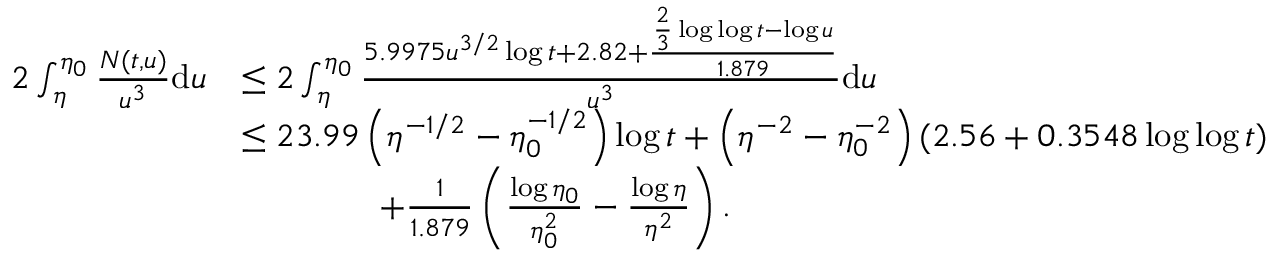
\begin{array} { r l } { 2 \int _ { \eta } ^ { \eta _ { 0 } } \frac { N ( t , u ) } { u ^ { 3 } } \mathrm { d } u } & { \le 2 \int _ { \eta } ^ { \eta _ { 0 } } \frac { 5 . 9 9 7 5 u ^ { 3 / 2 } \log t + 2 . 8 2 + \frac { \frac { 2 } { 3 } \log \log t - \log u } { 1 . 8 7 9 } } { u ^ { 3 } } \mathrm { d } u } \\ & { \le 2 3 . 9 9 \left( \eta ^ { - 1 / 2 } - \eta _ { 0 } ^ { - 1 / 2 } \right) \log t + \left( \eta ^ { - 2 } - \eta _ { 0 } ^ { - 2 } \right) ( 2 . 5 6 + 0 . 3 5 4 8 \log \log t ) } \\ & { \qquad \qquad + \frac { 1 } { 1 . 8 7 9 } \left( \frac { \log \eta _ { 0 } } { \eta _ { 0 } ^ { 2 } } - \frac { \log \eta } { \eta ^ { 2 } } \right) . } \end{array}